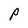
Character: P